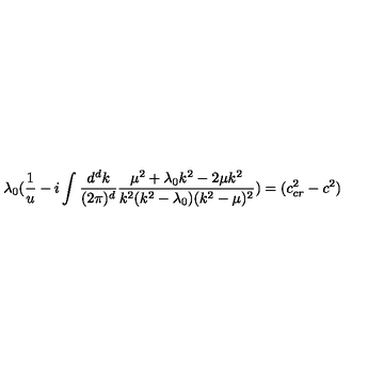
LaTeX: \lambda _ { 0 } ( \frac { 1 } { u } - i \int \frac { d ^ { d } k } { ( 2 \pi ) ^ { d } } \frac { \mu ^ { 2 } + \lambda _ { 0 } k ^ { 2 } - 2 \mu k ^ { 2 } } { k ^ { 2 } ( k ^ { 2 } - \lambda _ { 0 } ) ( k ^ { 2 } - \mu ) ^ { 2 } } ) = ( c _ { c r } ^ { 2 } - c ^ { 2 } )